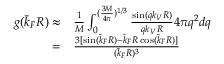
\begin{array} { r l } { g ( \bar { k } _ { F } R ) \approx } & { \frac { 1 } { M } \int _ { 0 } ^ { ( \frac { 3 M } { 4 \pi } ) ^ { 1 / 3 } } \frac { \sin ( q k _ { V } R ) } { q k _ { V } R } 4 \pi q ^ { 2 } d q } \\ { = } & { \frac { 3 [ \sin ( \bar { k } _ { F } R ) - \bar { k } _ { F } R \cos ( \bar { k } _ { F } R ) ] } { ( \bar { k } _ { F } R ) ^ { 3 } } } \end{array}